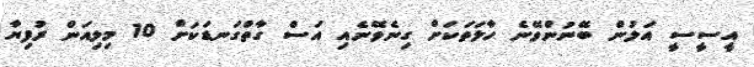
އީސީސީ އަލުން ބޭނުންވޭނެ ހާލަތަކަށް ގިނެވޭނެއި އަސް ގާތްގަނޑަކަށް 10 މިލިއަން ރުފިޔާ